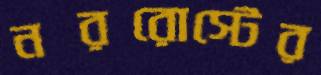
নররোস্টের